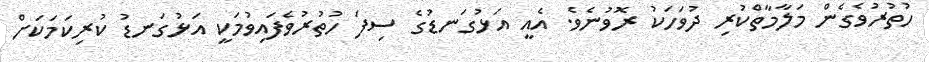
ހުތުރުވެގެން މަލާމާތްކުރި ދުވަހަކު ރޮވުނެވެ. އެއީ އަޅުގަނޑުގެ ސިފަ ހުތުރުވެފައިވުމަކީ އަޅުގަނޑު ކުރިކަމަކަށް